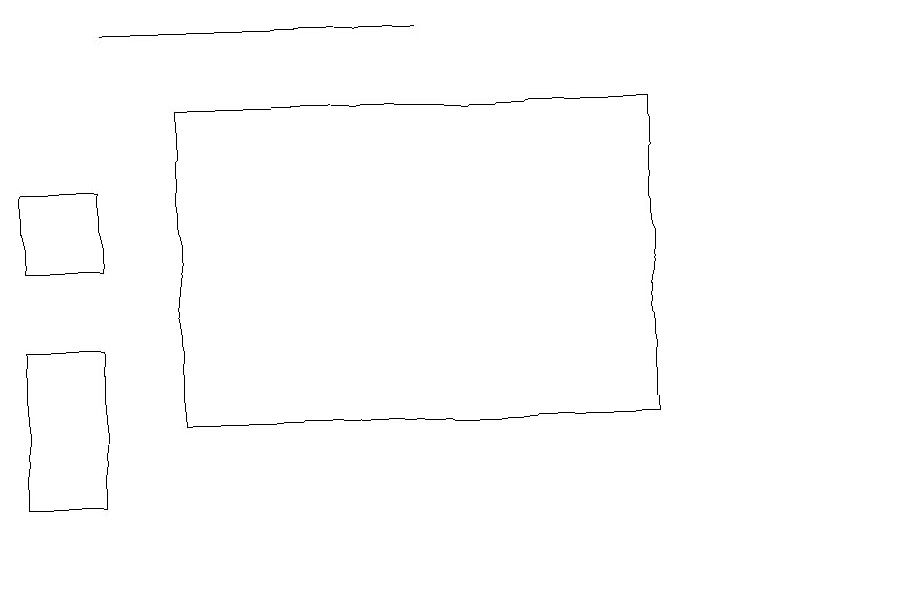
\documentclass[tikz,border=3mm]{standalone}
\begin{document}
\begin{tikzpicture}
\draw (2,14) rectangle (8,18);
\draw (1,19) rectangle (5,19);
\draw (0,13) rectangle (1,15);
\draw (11,12) circle (0);
\draw (0,16) rectangle (1,17);
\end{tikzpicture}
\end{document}